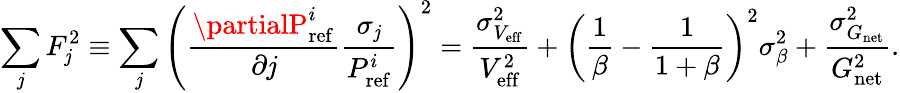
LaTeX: \sum_{\mathit{j}}F_{\mathit{j}}^{2}\equiv\sum_{\mathit{j}}\left(\frac{{\partialP_{\mathrm{{ref}}}^{i}}}{{\partial\mathit{j}}}\frac{{\sigma_{\mathit{j}}}}{{P_{\mathrm{{ref}}}^{i}}}\right)^{2}=\frac{{\sigma_{V_{\mathrm{{eff}}}}^{2}}}{{V_{\mathrm{{eff}}}^{2}}}+\left(\frac{{1}}{{\beta}}-\frac{{1}}{{1+\beta}}\right)^{2}\sigma_{\beta}^{2}+\frac{{\sigma_{G_{\mathrm{{net}}}}^{2}}}{{G_{\mathrm{{net}}}^{2}}}.